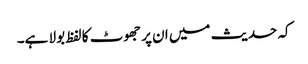
کہ حدیث میں ان پر جھوٹ کا لفظ بولا ہے۔